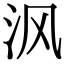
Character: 沨